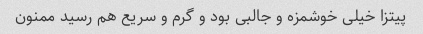
پیتزا خیلی خوشمزه و جالبی بود و گرم و سریع هم رسید ممنون